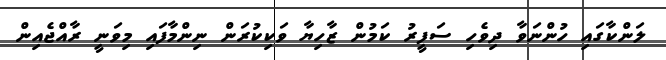
ލަންކާގައި ހުންނަވާ ދިވެހި ސަފީރު ކަމުން ޒާހިޔާ ވަކިކުރަން ނިންމާފައި މިވަނީ ރާއްޖެއިން